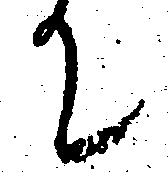
て